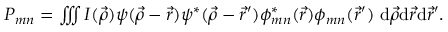
\begin{array} { r } { P _ { m n } = \iiint I ( \vec { \rho } ) \psi ( \vec { \rho } - \vec { r } ) \psi ^ { * } ( \vec { \rho } - \vec { r } ^ { \prime } ) \phi _ { m n } ^ { * } ( \vec { r } ) \phi _ { m n } ( \vec { r } ^ { \prime } ) \ \mathrm { d } \vec { \rho } \mathrm { d } \vec { r } \mathrm { d } \vec { r } ^ { \prime } . } \end{array}